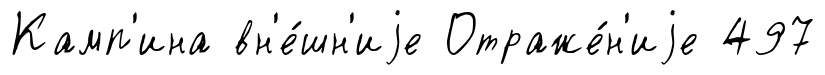
Камп'ина вн'е́шн'иjе Отраже́н'иjе 497